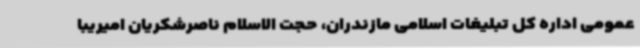
عمومی اداره کل تبلیغات اسلامی مازندران، حجت الاسلام ناصرشکریان امیریبا